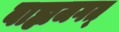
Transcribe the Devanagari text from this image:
बाह्यजगत्‌